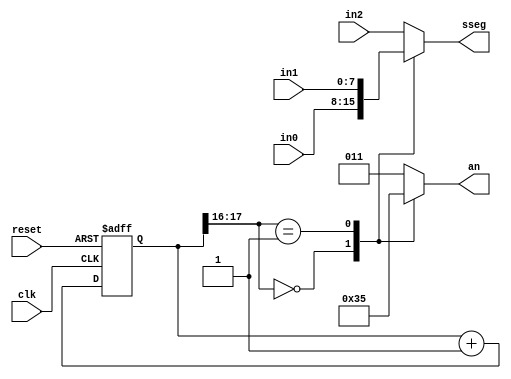
// Created by Jeevaka Dassanayake on 5/08/18.
//   Copyright (c) 2018 Jeevaka Dassanayake.

module SsegMux( input wire clk, reset, input [7:0] in2, in1, in0, output reg [2:0] an, output reg [7:0] sseg );

   // constant declaration
   // refreshing rate around 800 Hz (50 MHz/2^16)
   localparam N = 18;

   // signal declaration
   reg [N-1:0] q_reg;
   wire [N-1:0] q_next;

   // N-bit counter
   // register
   always @(posedge clk,  posedge reset)
      if (reset)
         q_reg <= 0;
      else
         q_reg <= q_next;

   // next-state logic
   assign q_next = q_reg + 1;

   // 2 MSBs of counter to control 4-to-1 multiplexing
   // and to generate active-low enable signal
   always @*
      case (q_reg[N-1:N-2])
         2'b00:
            begin
               an = 3'b110;
               sseg = in0;
            end
         2'b01:
            begin
               an =  3'b101;
               sseg = in1;
            end
         default:
            begin
               an =  3'b011;
               sseg = in2;
            end
       endcase

endmodule